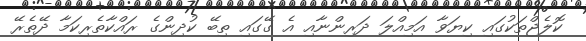
ކޮލެޖްތަކުގައި ކިޔަވާ އަމިއްލަ ދަރިންނާއި އެ ގޭގައި ތިބޭ ކުދިންގެ ރައްކާތެރިކަމާ ދޭތެރޭ